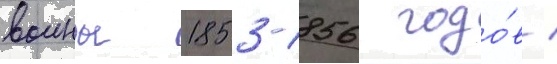
воины 1853-1856 годо́в /